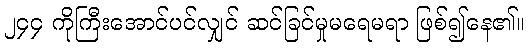
၂၄၄ ကိုကြီးအောင်ပင်လျှင် ဆင်ခြင်မှုမရေမရာ ဖြစ်၍နေ၏။